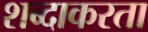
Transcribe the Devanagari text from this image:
शब्दाकरता